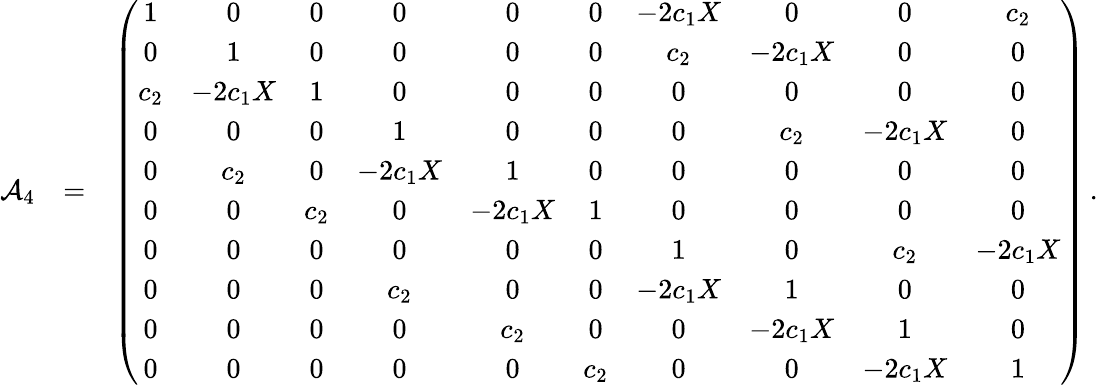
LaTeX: \begin{array}{rlr}{{\cal A}_{4}}&{=}&{\left(\begin{array}{cccccccccc}{1}&{0}&{0}&{0}&{0}&{0}&{-2c_{1}X}&{0}&{0}&{c_{2}}\\ {0}&{1}&{0}&{0}&{0}&{0}&{c_{2}}&{-2c_{1}X}&{0}&{0}\\ {c_{2}}&{-2c_{1}X}&{1}&{0}&{0}&{0}&{0}&{0}&{0}&{0}\\ {0}&{0}&{0}&{1}&{0}&{0}&{0}&{c_{2}}&{-2c_{1}X}&{0}\\ {0}&{c_{2}}&{0}&{-2c_{1}X}&{1}&{0}&{0}&{0}&{0}&{0}\\ {0}&{0}&{c_{2}}&{0}&{-2c_{1}X}&{1}&{0}&{0}&{0}&{0}\\ {0}&{0}&{0}&{0}&{0}&{0}&{1}&{0}&{c_{2}}&{-2c_{1}X}\\ {0}&{0}&{0}&{c_{2}}&{0}&{0}&{-2c_{1}X}&{1}&{0}&{0}\\ {0}&{0}&{0}&{0}&{c_{2}}&{0}&{0}&{-2c_{1}X}&{1}&{0}\\ {0}&{0}&{0}&{0}&{0}&{c_{2}}&{0}&{0}&{-2c_{1}X}&{1}\end{array}\right)\, .}\end{array}